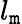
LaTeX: l_{\mathtt{m}}